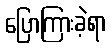
ပြောကြားခဲ့ရာ